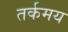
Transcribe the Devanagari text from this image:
तर्कमय